Document type: Emphyteutic lease
Year: 1316
Scribe: Berenguer de Vallseca
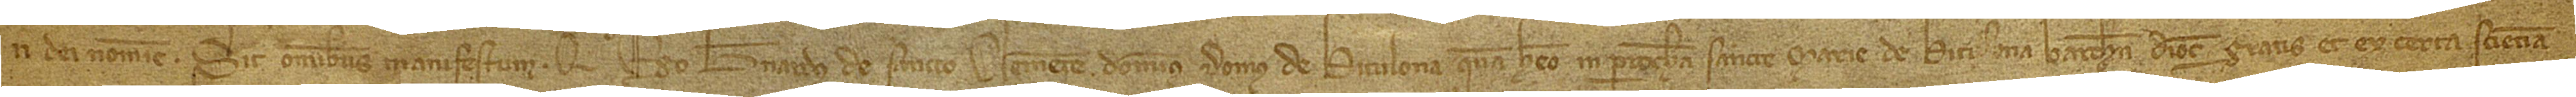
In Dei nomine. Sit omnibus manifestum quod ego Bernardus de Sancto Clemente, dominus domus de Bitulona quam habeo in parrochia Sancte Marie de Bitulona, Barchinonensis diocesis, gratis et ex certa sciencia